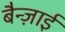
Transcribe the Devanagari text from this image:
बैन्ज़ाई